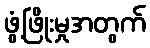
ဖွံ့ဖြိုးမှုအတွက်